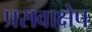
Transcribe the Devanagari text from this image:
प्रसवाक्षेप